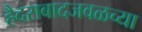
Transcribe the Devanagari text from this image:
हैदराबादजवळच्या